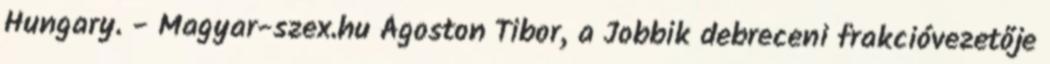
Hungary. - Magyar-szex.hu Ágoston Tibor, a Jobbik debreceni frakcióvezetője